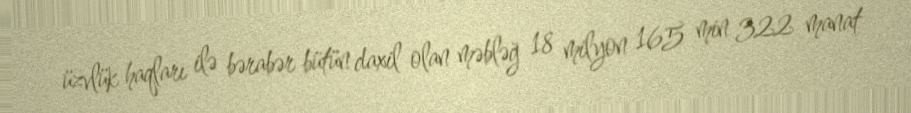
üzvlük haqları ilə bərabər bütün daxil olan məbləğ 18 milyon 165 min 322 manat